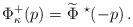
LaTeX: \begin{align*}\Phi^{+}_{\kappa} (p) = \widetilde{\Phi}\ ^{\star}(-p) \, .\end{align*}